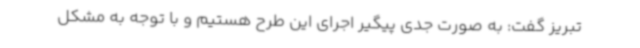
تبریز گفت: به صورت جدی پیگیر اجرای این طرح هستیم و با توجه به مشکل